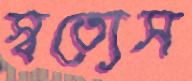
স্বত্যেস